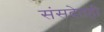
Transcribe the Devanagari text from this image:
संसदेतही